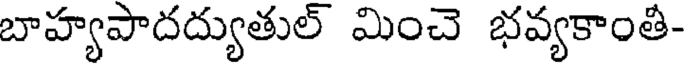
బాహ్యపాదద్యుతుల్ మించె భవ్యకాంతి-